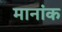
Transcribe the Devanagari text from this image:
मानांक